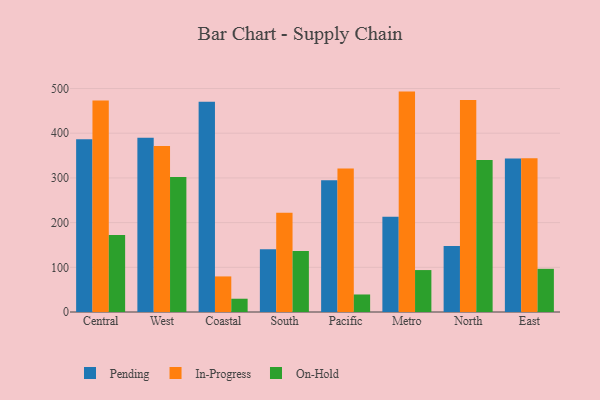
{"axis": {"x": "Region", "y": "Humidity (%)"}, "legend": ["In-Progress", "On-Hold", "Pending"], "data": [{"x": "Central", "y": 386.4, "type": "Pending"}, {"x": "Central", "y": 473.2, "type": "In-Progress"}, {"x": "Central", "y": 172.4, "type": "On-Hold"}, {"x": "West", "y": 389.7, "type": "Pending"}, {"x": "West", "y": 371.6, "type": "In-Progress"}, {"x": "West", "y": 301.8, "type": "On-Hold"}, {"x": "Coastal", "y": 470.5, "type": "Pending"}, {"x": "Coastal", "y": 79.6, "type": "In-Progress"}, {"x": "Coastal", "y": 29.7, "type": "On-Hold"}, {"x": "South", "y": 140.6, "type": "Pending"}, {"x": "South", "y": 222.3, "type": "In-Progress"}, {"x": "South", "y": 136.7, "type": "On-Hold"}, {"x": "Pacific", "y": 294.6, "type": "Pending"}, {"x": "Pacific", "y": 320.9, "type": "In-Progress"}, {"x": "Pacific", "y": 39.2, "type": "On-Hold"}, {"x": "Metro", "y": 212.9, "type": "Pending"}, {"x": "Metro", "y": 493.1, "type": "In-Progress"}, {"x": "Metro", "y": 93.8, "type": "On-Hold"}, {"x": "North", "y": 147.4, "type": "Pending"}, {"x": "North", "y": 474.5, "type": "In-Progress"}, {"x": "North", "y": 339.8, "type": "On-Hold"}, {"x": "East", "y": 343.3, "type": "Pending"}, {"x": "East", "y": 344.2, "type": "In-Progress"}, {"x": "East", "y": 96.6, "type": "On-Hold"}]}